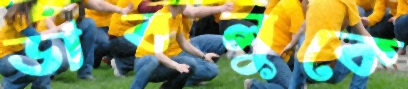
ডাবলুকে